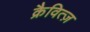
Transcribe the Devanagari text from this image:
क्रैवित्ज़